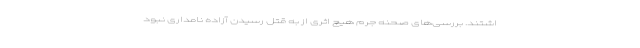
اشتند. بررسی‌های صحنه جرم هیچ اثری از به قتل رسیدن آزاده نامداری نبود